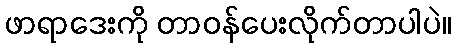
ဖာရာဒေးကို တာဝန်ပေးလိုက်တာပါပဲ။